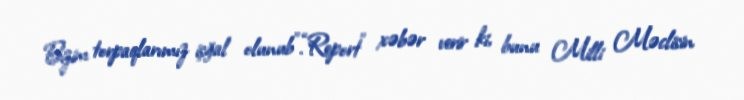
Bizim torpaqlarımız işğal olunub”.“Report” xəbər verir ki, bunu Milli Məclisin